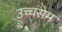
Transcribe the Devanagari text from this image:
उच्चसम